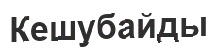
Кешубайды